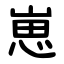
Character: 崽